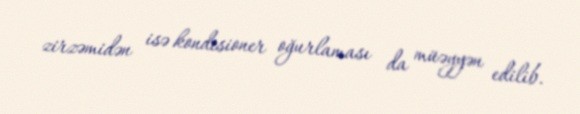
zirzəmidən isə kondisioner oğurlaması da müəyyən edilib.